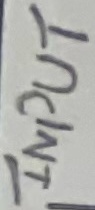
Text: INPUT